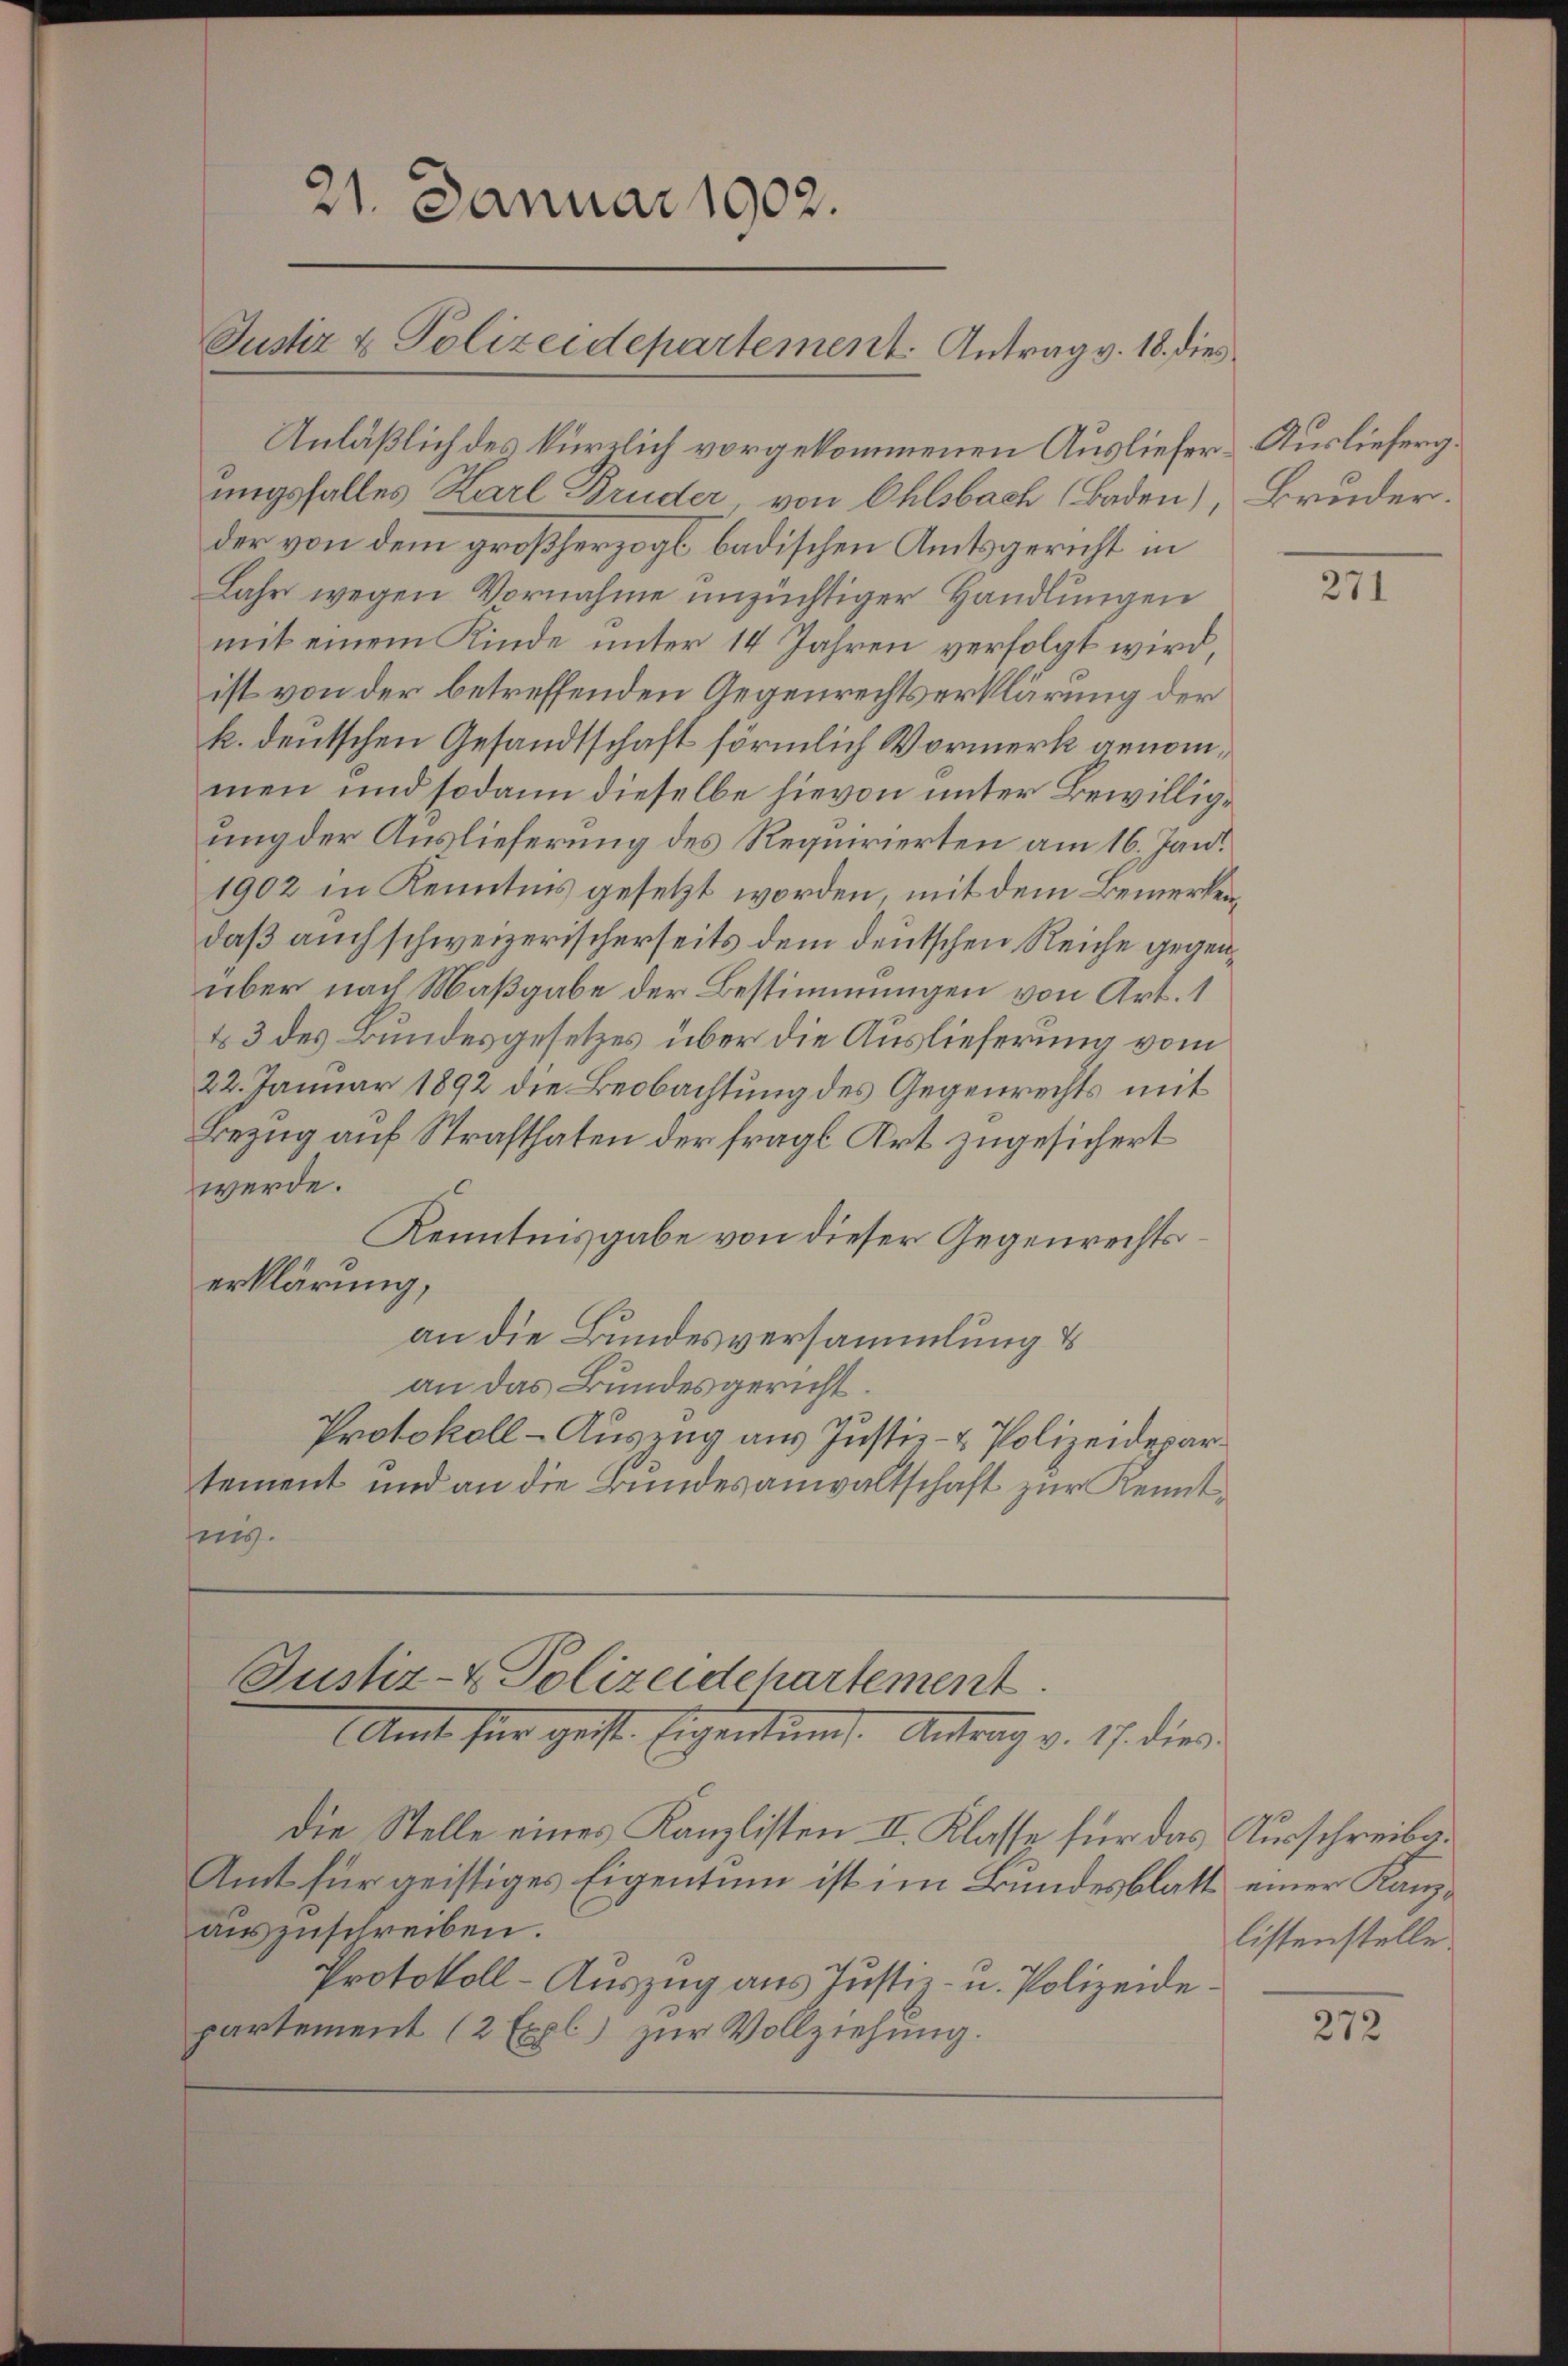
Anläßlich des kürzlich vorgekommenen Ausliefer Auslieferg.
ungsfalles Karl Bruder, von Ohlsbach (Baden), Bruder.
der von dem großherzogl. badischen Amtsgericht in
Lahr wegen Vornahme unzüchtiger Handlungen
mit einem Kinde unter 14 Jahren verfolgt wird,
ist von der betreffenden Gegenrechtserklärung der
k. deutschen Gesandtschaft förmlich Vormerk genommen und sodann dieselbe hievon unter Bewillige
ung der Auslieferung des Requirierten am 16. Jani
1902 in Kenntnis gesetzt worden, mit dem Bemerkendaß auch schweizerischerseits dem deutschen Reiche gegenüber nach Maßgabe der Bestimmungen von Art. 1
& 3 des Bundesgesetzes über die Auslieferung vom
22. Januar 1892 die Beobachtung des Gegenrechts mit
Bezug auf Strafthaten der fragl. Art zugesichert
werde.
Kenntnisgabe von dieser Gegenrechtserklärung,
an die Bundesversammlung &
an das Bundesgericht.
Protokoll-Auszug aus Justiz- & Polizeidepartement und an die Bundesanwaltschaft zur Kenntins.

21. Januar 1902.
Justiz & Polizeidepartement. Antrag v. 18. dies

Die Stelle eines Kanzlisten II. Klasse für das Ausschreibe¬
Amt für geistiges Eigentum ist im Bundesblatt einer Kanzauszuschreiben.
Protokoll - Auszug aus Justiz- u. Polizeidepartement (2 Expl) zur Vollziehung.

Justiz- & Polizeidchartement
Amt fier geste Eigentum. Antrag v. 17. dies

271

listenstelle

272